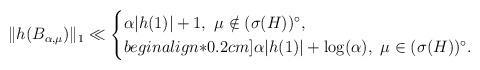
LaTeX: \begin{align*}\|h(B_{\alpha, \mu})\|_1 \ll \begin{cases}\alpha |h(1)| + 1, \ \mu\notin (\sigma(H))^\circ,\\begin{align*}0.2cm]\alpha |h(1)| + \log(\alpha),\ \mu\in (\sigma(H))^\circ.\end{cases}\end{align*}